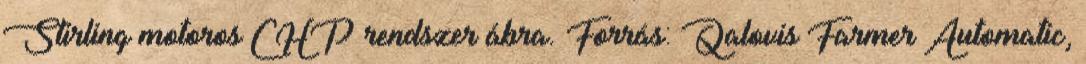
Stirling motoros CHP rendszer ábra. Forrás: Qalovis Farmer Automatic,